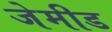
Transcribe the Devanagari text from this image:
जेमीड